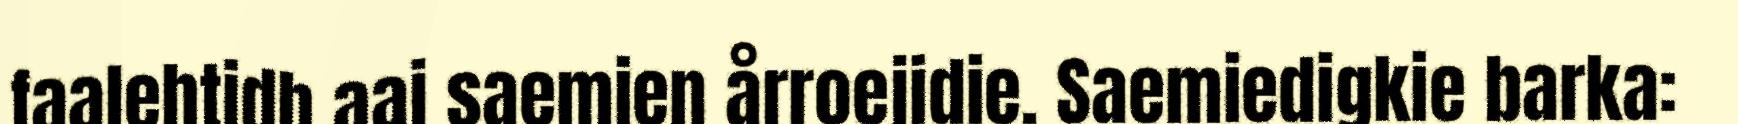
faalehtidh aaj saemien årroejidie. Saemiedigkie barka: